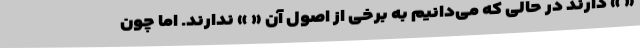
« » دارند در حالی که می‌دانیم به برخی از اصول آن « » ندارند. اما چون